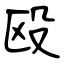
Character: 殴